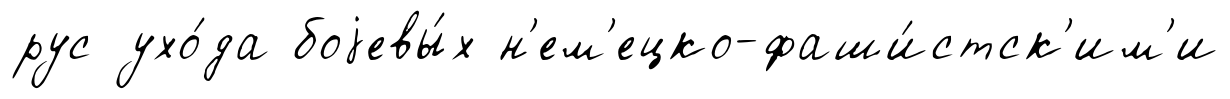
рус ухо́да боjевы́х н'ем'ецко-фаши́стск'им'и